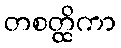
တစတ္ထိကာ